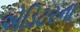
એડિટરના